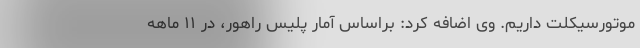
موتورسیکلت داریم. وی اضافه کرد: براساس آمار پلیس راهور، در ۱۱ ماهه